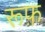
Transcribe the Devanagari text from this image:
रूफ़